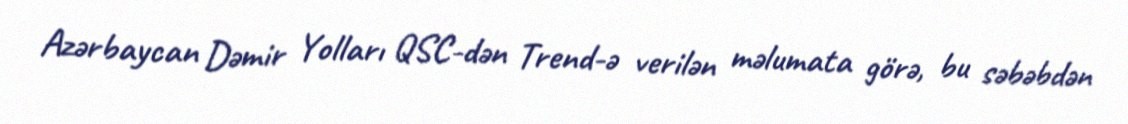
Azərbaycan Dəmir Yolları QSC-dən Trend-ə verilən məlumata görə, bu səbəbdən